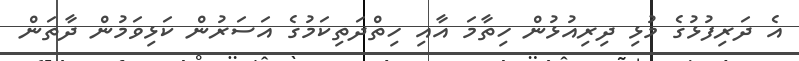
އެ ދަރިފުޅުގެ މުޅި ދިރިއުޅުން ހިތާމަ އާއި ހިތްދަތިކަމުގެ އަސަރުން ކަޅިވަމުން ދާތަން